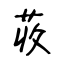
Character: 荍